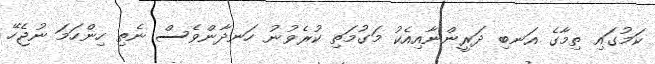
ކަމުގައި ތިމާގެ އަނބި ދަރީންނާއިއެކު މަގުމަތި ކުރެވުނު ހަނދާންވެސް ނެތި ހިންހަމަ ނުޖެހޭ